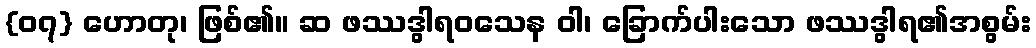
{၀၇} ဟောတု၊ ဖြစ်၏။ ဆ ဖဿဒွါရဝသေန ဝါ၊ ခြောက်ပါးသော ဖဿဒွါရ၏အစွမ်း